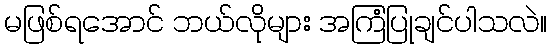
မဖြစ်ရအောင် ဘယ်လိုများ အကြံပြုချင်ပါသလဲ။